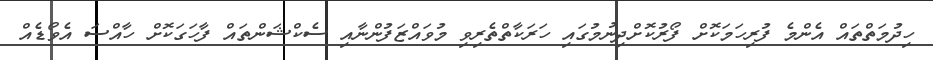
ހިދުމަތްތައް އެންމެ ފުރިހަމަކޮށް ފޯރުކޮށްދިނުމުގައި ހަރަކާތްތެރިވި މުވައްޒަފުންނާއި ސެކްޝަންތައް ފާހަގަކޮށް ހާއްސަ އެވޯޑެއް